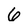
Character: 6